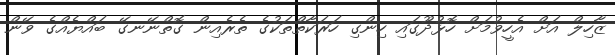
ޒާހިލް އަށް އެހީވުމަށް ހޮޅުދޫގައި ހިންގި ހަރަކާތްތަކުގެ ތެރެއިން ގޮތްނޭނގޭ ބައްޔެއްގެ ވޭން